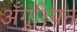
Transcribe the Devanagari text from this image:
अँगुरियन